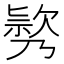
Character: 𣤃